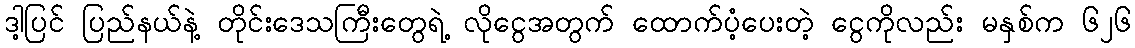
ဒါ့ပြင် ပြည်နယ်နဲ့ တိုင်းဒေသကြီးတွေရဲ့ လိုငွေအတွက် ထောက်ပံ့ပေးတဲ့ ငွေကိုလည်း မနှစ်က ၆၂၆